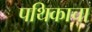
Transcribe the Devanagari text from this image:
पथिकाचा